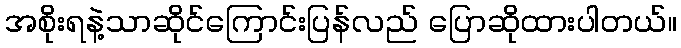
အစိုးရနဲ့သာဆိုင်ကြောင်းပြန်လည် ပြောဆိုထားပါတယ်။